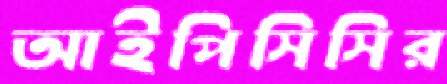
আইপিসিসির